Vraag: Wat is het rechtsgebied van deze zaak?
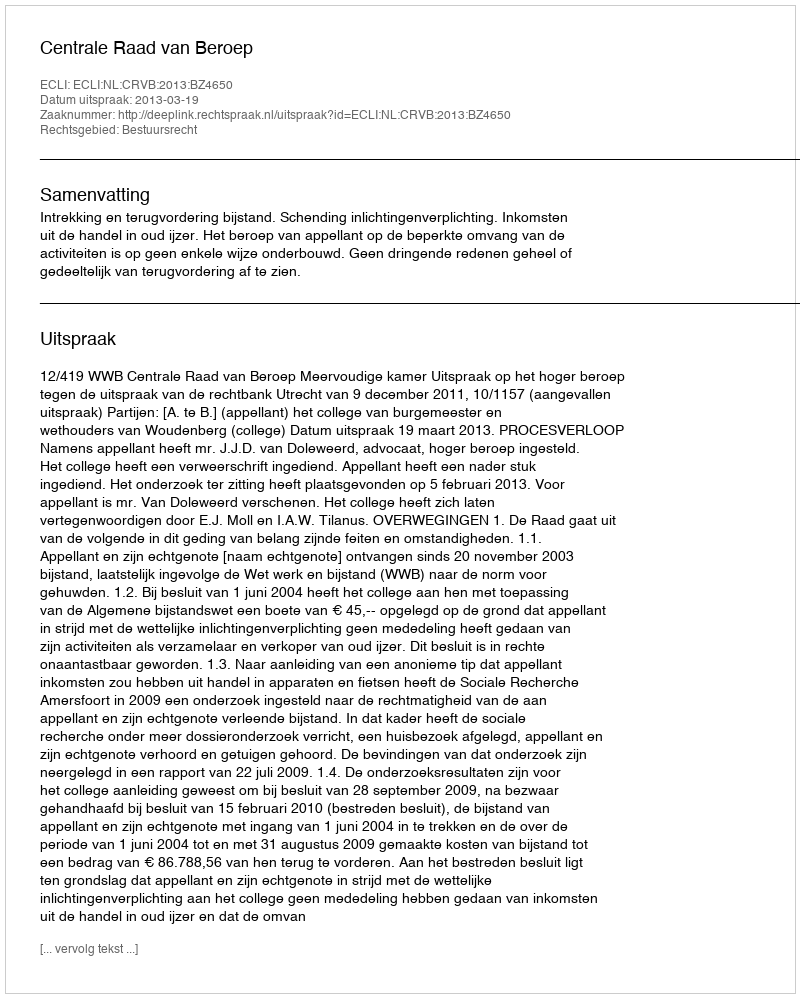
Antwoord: Bestuursrecht